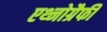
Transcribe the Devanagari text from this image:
एथ्नोग्रैफी